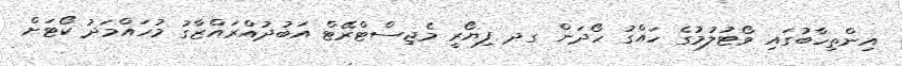
އިންތިހާބުގައި ވޯޓުލުމުގެ ހައްގު ހޯދަން ގދ ފިޔޯރީ މެޖިސްޓްރޭޓް އަބުދުއްރައްޒާގު މުހައްމަދު ކޯޓަށް